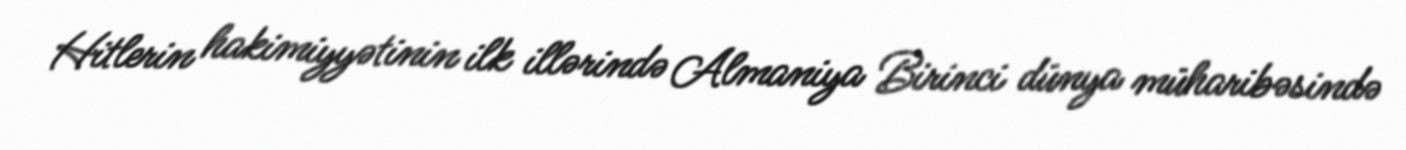
Hitlerin hakimiyyətinin ilk illərində Almaniya Birinci dünya müharibəsində